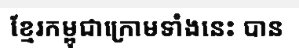
ខ្មែរកម្ពុជាក្រោមទាំងនេះ បាន